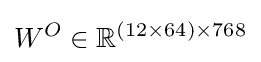
W^{O}\in \mathbb {R} ^{(12\times 64)\times 768}